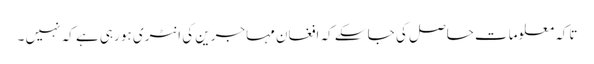
تاکہ معلومات حاصل کی جا سکے کہ افغان مہاجرین کی انٹری ہو رہی ہے کہ نہیں ۔